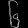
Digit: ၆